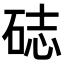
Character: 𥒺